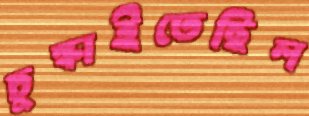
চুল্‌কাইতেছিল